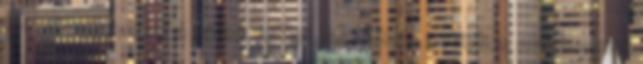
fokkal visszaesik a hőmérséklet, az Időkép 27 fokos maximumot